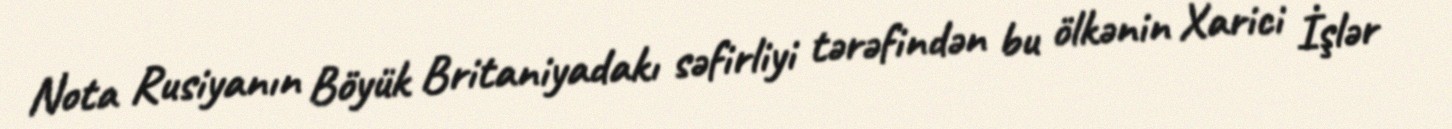
Nota Rusiyanın Böyük Britaniyadakı səfirliyi tərəfindən bu ölkənin Xarici İşlər